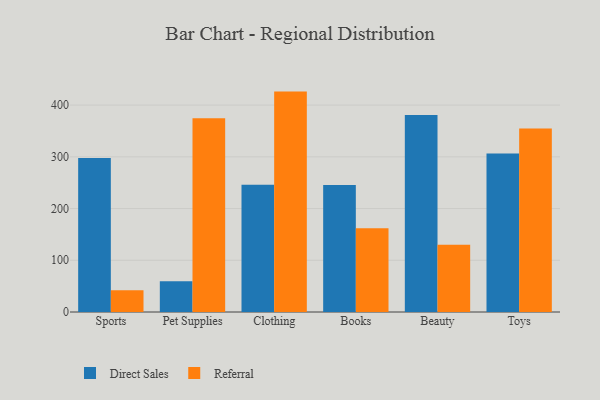
{"axis": {"x": "Category", "y": "Inventory Turnover"}, "legend": ["Direct Sales", "Referral"], "data": [{"x": "Sports", "y": 297.5, "type": "Direct Sales"}, {"x": "Sports", "y": 42.0, "type": "Referral"}, {"x": "Pet Supplies", "y": 59.4, "type": "Direct Sales"}, {"x": "Pet Supplies", "y": 374.8, "type": "Referral"}, {"x": "Clothing", "y": 246.0, "type": "Direct Sales"}, {"x": "Clothing", "y": 426.1, "type": "Referral"}, {"x": "Books", "y": 245.4, "type": "Direct Sales"}, {"x": "Books", "y": 161.9, "type": "Referral"}, {"x": "Beauty", "y": 380.8, "type": "Direct Sales"}, {"x": "Beauty", "y": 129.8, "type": "Referral"}, {"x": "Toys", "y": 306.6, "type": "Direct Sales"}, {"x": "Toys", "y": 354.9, "type": "Referral"}]}